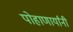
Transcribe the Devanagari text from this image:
पोहाणार्यांनी